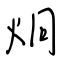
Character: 炯